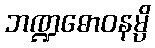
ဘဏ္ဍဓောဝနမ္ပိ